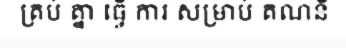
គ្រប់ គ្នា ធ្វើ ការ សម្រាប់ គណនី